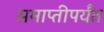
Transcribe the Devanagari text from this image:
समाप्‍तीपर्यंत